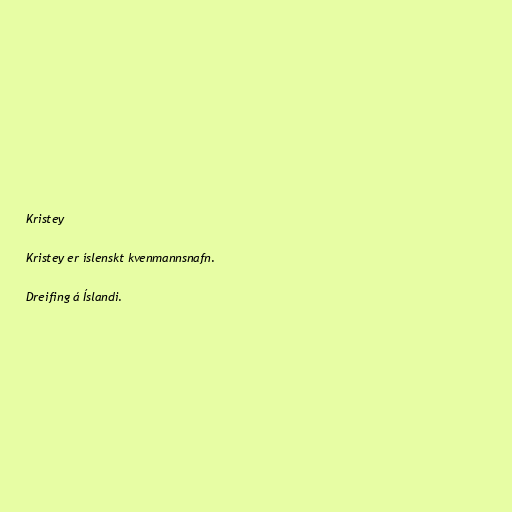
Kristey

Kristey er íslenskt kvenmannsnafn.

Dreifing á Íslandi.